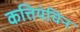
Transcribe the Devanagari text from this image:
कत्तियंचिन